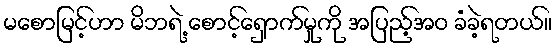
မစောမြင့်ဟာ မိဘရဲ့ စောင့်ရှောက်မှုကို အပြည့်အဝ ခံခဲ့ရတယ်။